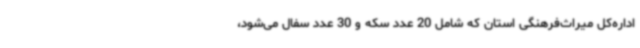
اداره‌کل میراث‌فرهنگی استان که شامل 20 عدد سکه و 30 عدد سفال می‌شود،